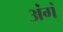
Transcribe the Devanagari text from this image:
अंगं